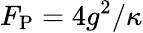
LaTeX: F_{\mathrm{P}}=4g^{2}/\kappa